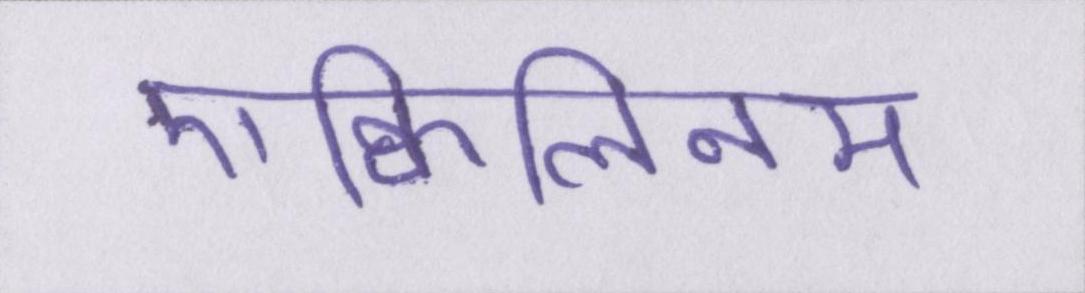
एक्विलिनम